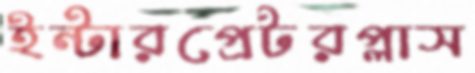
ইন্টারপ্রেটরপ্লাস